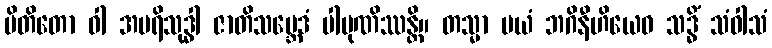
ပိတိတော ဝါ အပရိသုဒ္ဓါ ဇာတိသမ္ဘေဒံ ပါပုဏိဿန္တိ။ တသ္မာ မယံ ဘဂိနီဟိယေဝ သဒ္ဓိံ သံဝါသံ